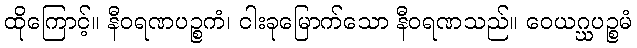
ထိုကြောင့်။ နီဝရဏပဉ္စကံ၊ ငါးခုမြောက်သော နီဝရဏသည်။ ဝေယဂ္ဃပဉ္စမံ